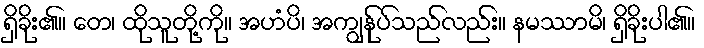
ရှိခိုး၏။ တေ၊ ထိုသူတို့ကို။ အဟံပိ၊ အကျွန်ုပ်သည်လည်း။ နမဿာမိ၊ ရှိခိုးပါ၏။